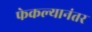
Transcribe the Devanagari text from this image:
फेकल्यानंतर